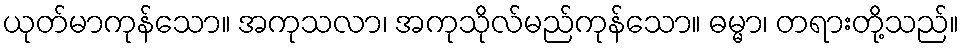
ယုတ်မာကုန်သော။ အကုသလာ၊ အကုသိုလ်မည်ကုန်သော။ ဓမ္မာ၊ တရားတို့သည်။